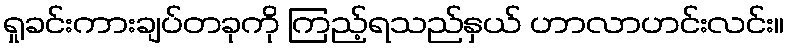
ရှုခင်းကားချပ်တခုကို ကြည့်ရသည်နှယ် ဟာလာဟင်းလင်း။